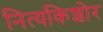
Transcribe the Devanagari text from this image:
नित्यकिशोर